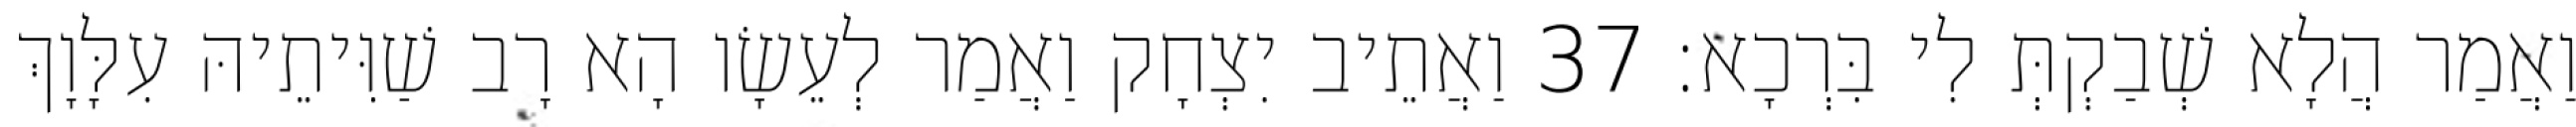
וַאֲמַר הֲלָא שְׁבַקְתְּ לִי בִּרְכָא׃ 37 וַאֲתֵיב יִצְחָק וַאֲמַר לְעֵשָׂו הָא רָב שַׁוִּיתֵיהּ עִלָּוָךְ